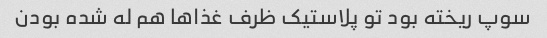
سوپ ریخته بود تو پلاستیک ظرف غذا‌ها هم له شده بودن